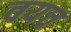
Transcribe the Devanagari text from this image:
वयच